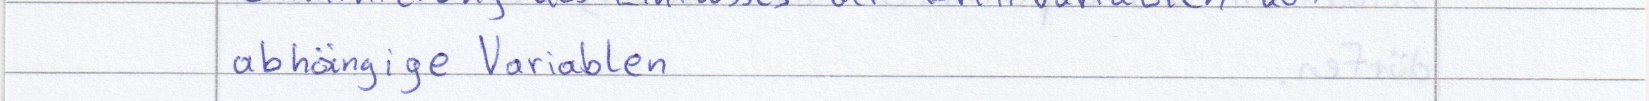
abhängige Variablen